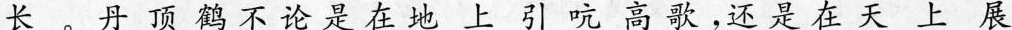
长。丹顶鹤不论是在地上引吭高歌，还是在天上展